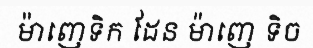
ម៉ាញេទិក ដែន ម៉ាញេ ទិច